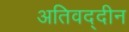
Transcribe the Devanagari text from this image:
अतिवद्दीन